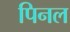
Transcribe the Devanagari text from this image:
पिनल